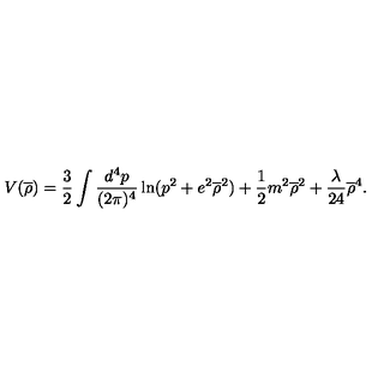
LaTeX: V ( \overline { { \rho } } ) = \frac { 3 } { 2 } \int \frac { d ^ { 4 } p } { ( 2 \pi ) ^ { 4 } } \ln ( p ^ { 2 } + e ^ { 2 } \overline { { \rho } } ^ { 2 } ) + \frac { 1 } { 2 } m ^ { 2 } \overline { { \rho } } ^ { 2 } + \frac { \lambda } { 2 4 } \overline { { \rho } } ^ { 4 } .